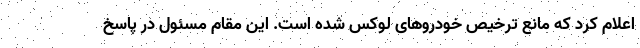
اعلام کرد که مانع ترخیص خودروهای لوکس شده است. این مقام مسئول در پاسخ